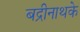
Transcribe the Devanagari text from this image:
बद्रीनाथके